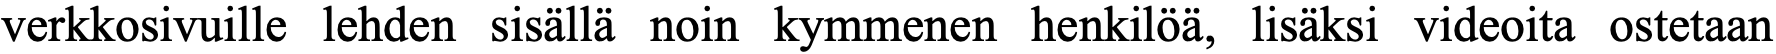
verkkosivuille lehden sisällä noin kymmenen henkilöä, lisäksi videoita ostetaan